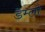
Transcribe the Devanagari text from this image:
डेम्लो